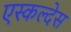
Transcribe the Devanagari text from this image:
एस्कल्देस